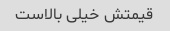
قیمتش خیلی بالاست